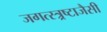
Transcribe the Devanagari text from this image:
जगत्स्त्र्रष्टाजैसी